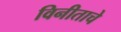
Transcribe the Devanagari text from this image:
विनीताचे